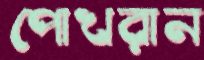
পোখরান